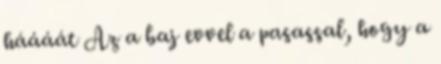
háááát Az a baj evvel a pasassal, hogy a